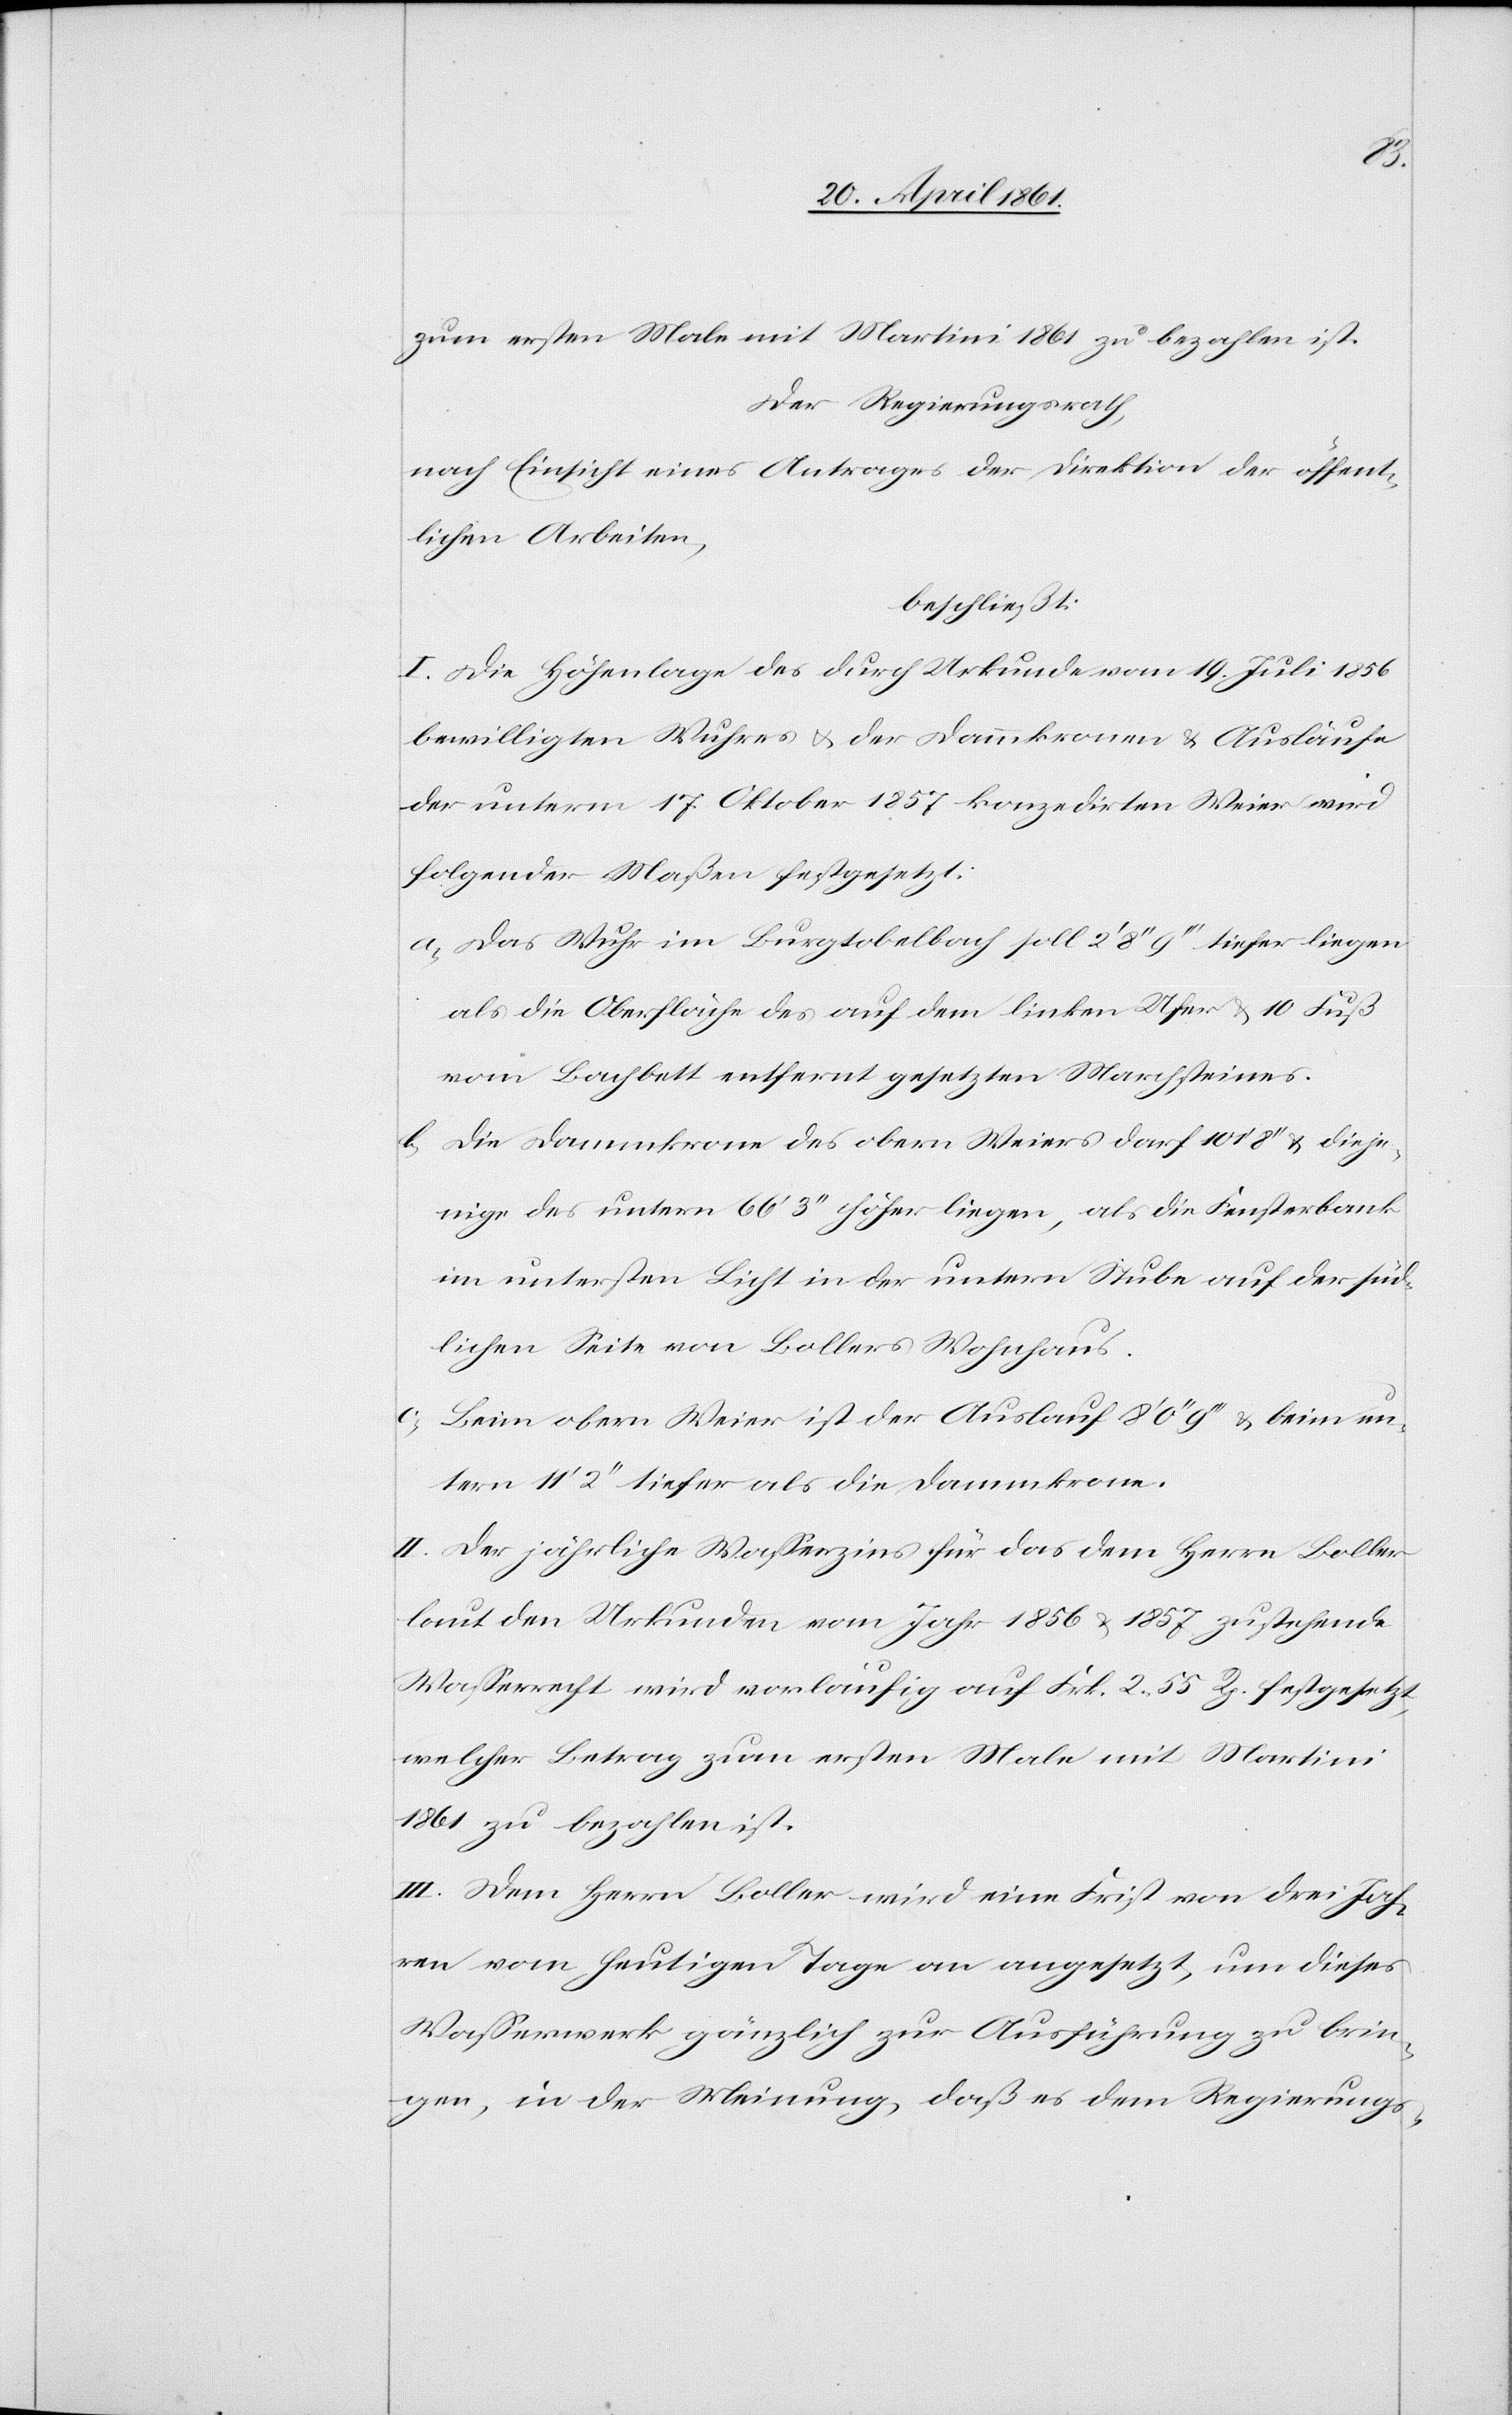
zum ersten Male mit Martini 1861 zu bezahlen ist.
Der Regierungsrath,
nach Einsicht eines Antrages der Direktion der öffent¬
lichen Arbeiten,
beschließt:
I. Die Höhenlage des durch Urkunde vom 19. Juli 1856
bewilligten Wuhres u. der Dammkronen u. Ausläufe
der unterm 17. Oktober 1857 konzedirten Weier wird
folgender Maßen festgesetzt:
a. Das Wuhr im Burgtobel soll 2’ 8’’ 9’’’ tiefer liegen
als die Oberfläche des auf dem linken Ufer u. 10 Fuß
vom Bachbett entfernt gesetzten Marchsteines.
b. Die Dammkrone des obern Weiers darf 10’ 1’’ 8’’’ u. dieje¬
nige des untern 66’ 3’’ höher liegen, als die Fensterbank
im untersten Licht in der untern Stube auf der süd¬
lichen Seite von Bollers Wohnhaus.
c. beim obern Weier ist der Auslauf 8’ 0’’ 9’’’ u. beim un¬
tern 11’ 2’’ tiefer als die Dammkrone.
II. Der jährliche Wasserzins für das dem Herrn Boller
laut den Urkunden vom Jahr 1856 u. 1857 zustehende
Wasserrecht wird vorläufig auf Frk. 2 55 Rp. festgesetzt,
welcher Betrag zum ersten Male mit Martini
1861 zu bezahlen ist.
III. Dem Herrn Boller wird eine Frist von drei Jah¬
ren vom heutigen Tage an angesetzt, um dieses
Wasserwerk gänzlich zur Ausführung zu brin¬
gen, in der Meinung, daß es dem Regierungs-